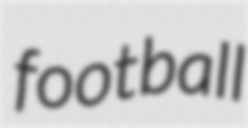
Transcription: football